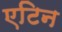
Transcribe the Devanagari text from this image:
एटिन